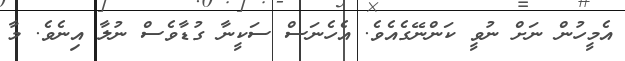
އެމީހުން ނަށް ނުވީ ކަންނޭގެއެވެ. އެހެނަސް ސަކީނާ ގުޑާވެސް ނުލާ އިނެވެ. މާ